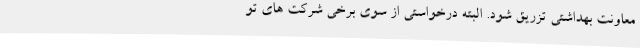
معاونت بهداشتی تزریق شود. البته درخواستی از سوی برخی شرکت‌ های تو